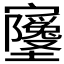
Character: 𫴧